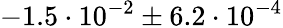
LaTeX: -1.5\cdot 10^{-2}\pm 6.2\cdot 10^{-4}